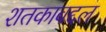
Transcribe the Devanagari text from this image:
शतकाबद्दल